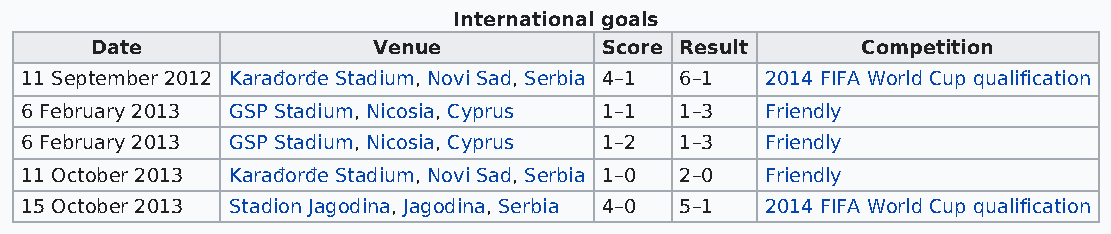
International goals
 Date               Venue          Score Result     Competition
 11 September 2012 Karađorđe Stadium, Novi Sad, Serbia 4–1 6–1 2014 FIFA World Cup qualification
 6 February 2013 GSP Stadium, Nicosia, Cyprus 1–1 1–3 Friendly
 6 February 2013 GSP Stadium, Nicosia, Cyprus 1–2 1–3 Friendly
 11 October 2013 Karađorđe Stadium, Novi Sad, Serbia 1–0 2–0 Friendly
 15 October 2013 Stadion Jagodina, Jagodina, Serbia 4–0 5–1 2014 FIFA World Cup qualification